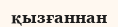
қызғаннан